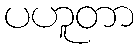
ပဟူတာ